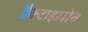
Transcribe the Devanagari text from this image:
डैक्टाइलोन